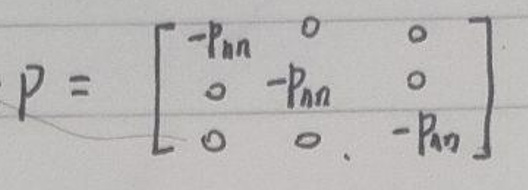
\[
P = \begin{bmatrix}
 -p_{nn} & 0 & 0 \\
 0 & -p_{nn} & 0 \\
 0 & 0 & -p_{nn}
\end{bmatrix}
\]